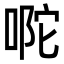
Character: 𭈪